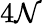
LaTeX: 4\mathcal{N}